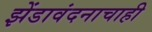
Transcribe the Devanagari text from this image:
झेंडावंदनाचाही